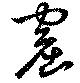
窟